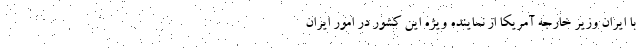
با ایران وزیر خارجه آمریکا از نماینده ویژه این کشور در امور ایران